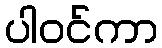
ပါဝင်ကာ